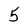
Character: 5